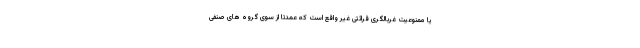
یا ممنوعیت غربالگری قرائتی غیر واقع است که عمدتا از سوی گروه های صنفی